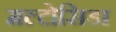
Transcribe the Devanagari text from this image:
मल्टोसिडा